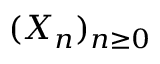
( X _ { n } ) _ { n \geq 0 }